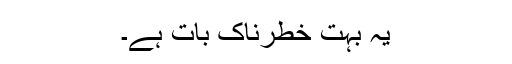
یہ بہت خطرناک بات ہے۔